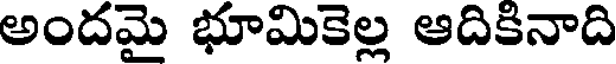
అందమై భూమికెల్ల ఆదికినాది